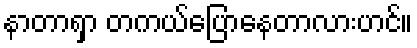
နာတာရှာ တကယ်ပြောနေတာလားဟင်။